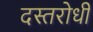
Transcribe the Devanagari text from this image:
दस्तरोधी